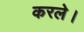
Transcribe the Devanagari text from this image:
करले।